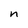
Character: n